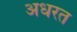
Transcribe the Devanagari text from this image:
अधरत